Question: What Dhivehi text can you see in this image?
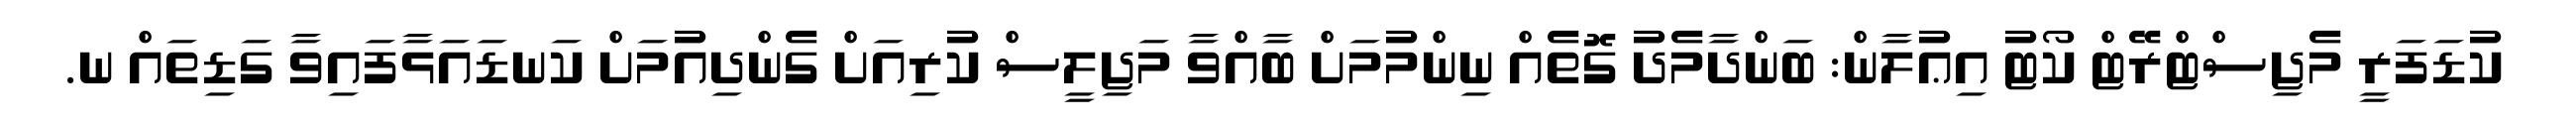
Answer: ކުޑަފަރީ މެޖިސްޓްރޭޓް ކޯޓު އިޢުލާން: ބަންދާމެދު ގޮތެއް ނިންމުމަށް ބާއްވާ މަޖިލީސް ކުރިއަށް ގެންދިއުމަށް ކަނޑައަޅާފައިވާ ގަޑިތައް ނ.